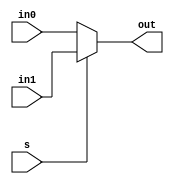
/*
	Mux (2:1)
		- Outputs the selected input based on the selector bit
*/
module Mux2(input [15:0] in0, in1, input s, output reg [15:0] out);
	always@(*) begin
		if (s == 1'b0)
			out <= in0;
		else
			out <= in1;
		//$display("%d", out);
	end
endmodule

/*
	10 to 1 Mux
		- Outputs the selected input based on the selector bits
*/
module Mux10(input [15:0] in0, in1, in2, in3, in4, in5, in6, in7, in8, in9, input [9:0] s, output reg [15:0] out);
	parameter n = 10;
	always @(*) begin
		out <= (s[0] ? in1:
			   (s[1] ? in2: 
			   (s[2] ? in3:
			   (s[3] ? in4:
			   (s[4] ? in5: 
               (s[5] ? in6:
               (s[6] ? in7:
               (s[7] ? in8: 
			   (s[8] ? in0:
               (s[9] ? in9: 
					   16'b0000000000000000)))))))))); //default 0
	end
endmodule